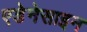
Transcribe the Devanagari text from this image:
एडेनेसाइन